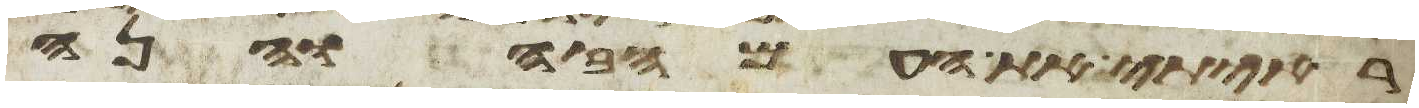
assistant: ראיתי את העם הזה והנה